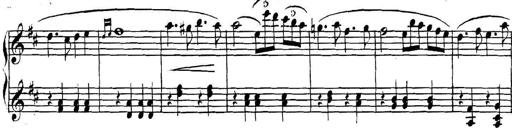
Title: Collected Piano Sonatas
Composer: Muzio Clementi